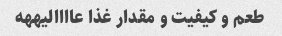
طعم و کیفیت و مقدار غذا عاااالیههه